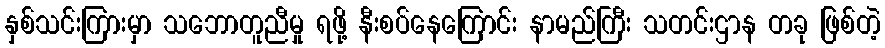
နှစ်သင်းကြားမှာ သဘောတူညီမှု ရဖို့ နီးစပ်နေကြောင်း နာမည်ကြီး သတင်းဌာန တခု ဖြစ်တဲ့